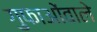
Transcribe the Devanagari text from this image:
गुफाओंवाले